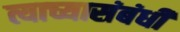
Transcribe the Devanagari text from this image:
त्याच्यासंबंधी